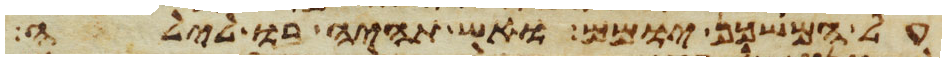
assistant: על המשכן יומם ואש תהיה בו לילה